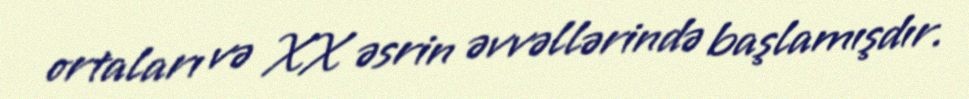
ortaları və XX əsrin əvvəllərində başlamışdır.